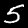
Label: 5